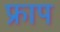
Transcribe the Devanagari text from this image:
फ्राप